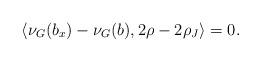
LaTeX: \begin{align*}\langle \nu_G(b_x)-\nu_G(b),2\rho-2\rho_J\rangle=0.\end{align*}